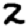
Digit: 2